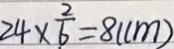
2 4 \times \frac { 2 } { 6 } = 8 ( c m )